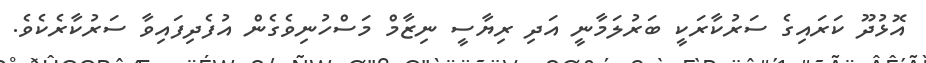
އޮޅުދޫ ކަރައިގެ ސަރުކާރަކީ ބަރުލަމާނީ އަދި ރިޔާސީ ނިޒާމް މަސްހުނިވެގެން އުފެދިފައިވާ ސަރުކާރެކެވެ.